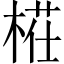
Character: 𣖝